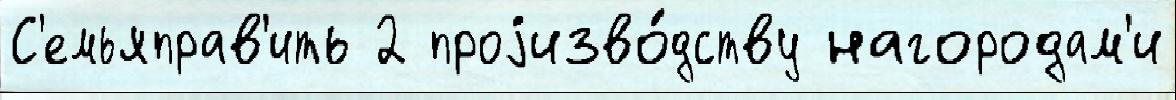
С'емьяправ'ить 2 проjизво́дству нагородам'и